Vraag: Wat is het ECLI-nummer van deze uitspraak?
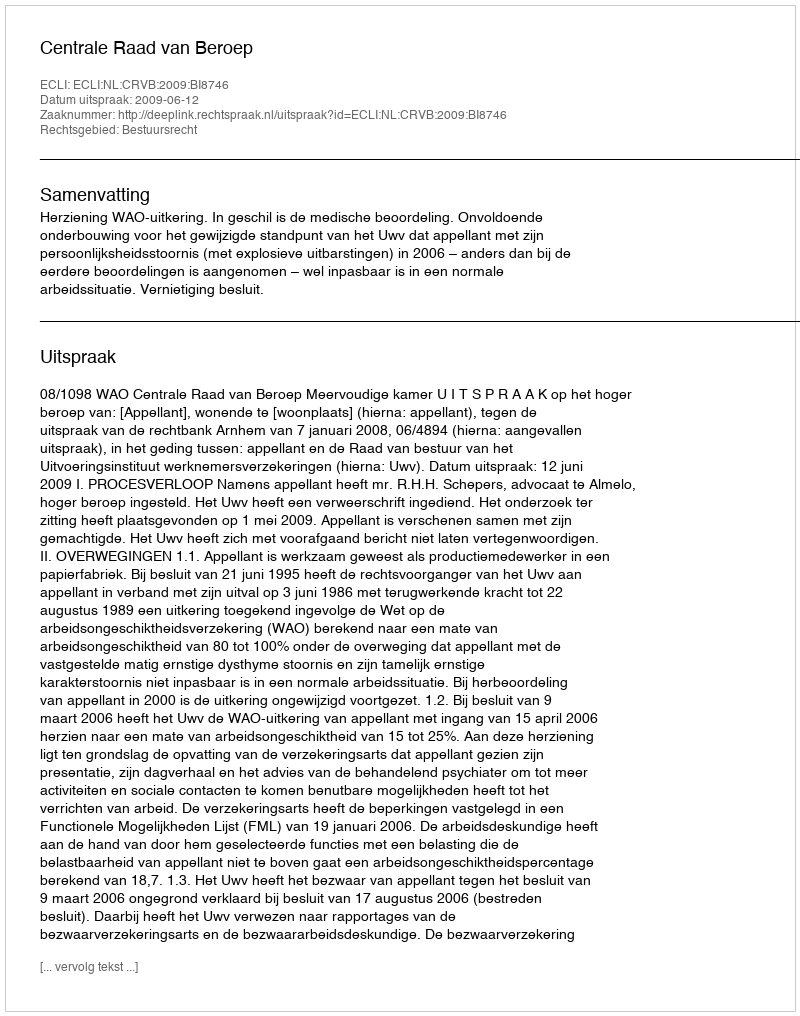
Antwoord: ECLI:NL:CRVB:2009:BI8746